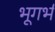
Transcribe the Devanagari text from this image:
भूगर्भं